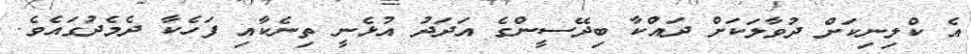
އެ ކްލިނިކަށް ދުވާލަކަށް ދައްކާ ބިދޭސީންގެ އަދަދު އުޅެނީ ތިނެކާއި ފަހެކާ ދެމެދުގައެެވެ.